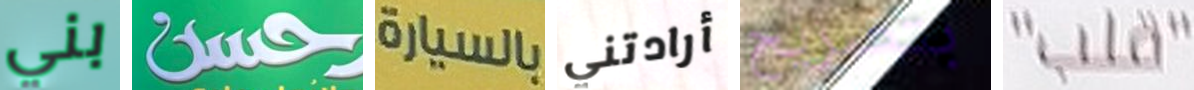
بني حسن بالسيارة أرادتني بتصريح "قلب"